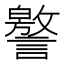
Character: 譥